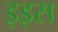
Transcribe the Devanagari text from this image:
इइस